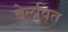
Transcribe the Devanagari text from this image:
बेलवित